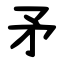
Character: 矛